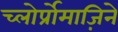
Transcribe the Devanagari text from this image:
च्लोर्प्रोमाज़िने